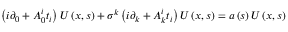
\left( i \partial _ { 0 } + A _ { 0 } ^ { i } t _ { i } \right) U \left( x , s \right) + \sigma ^ { k } \left( i \partial _ { k } + A _ { k } ^ { i } t _ { i } \right) U \left( x , s \right) = a \left( s \right) U \left( x , s \right)